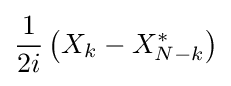
{\frac {1}{2i}}\left(X_{k}-X_{N-k}^{*}\right)